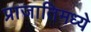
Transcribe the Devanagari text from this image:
प्राजातिमध्ये